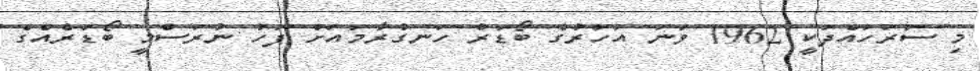
މި ސަރަހައްދަކީ 1962 ވަނަ އަހަރުގެ ބޯޑަރު ހަނގުރާމައަށް ފަހު ނުރަސްމީ ބޯޑަރެއްގެ